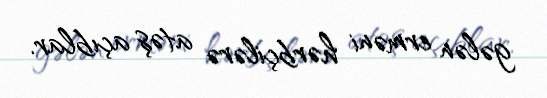
gələn erməni hərbçilərə atəş açıblar.